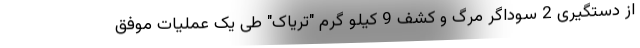
از دستگیری 2 سوداگر مرگ و کشف 9 کیلو گرم "تریاک" طی یک عملیات موفق